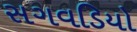
સગવડિયો